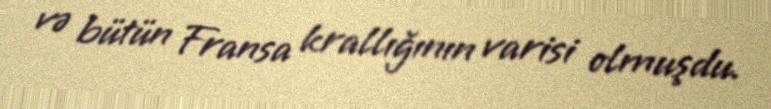
və bütün Fransa krallığının varisi olmuşdu.